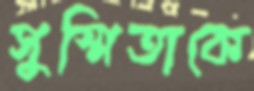
সুস্মিতাকে